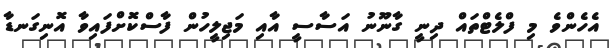
އެހެންވެ މި ފްލެޓްތައް ދިނީ ގާނޫނު އަސާސީ އާއި މަޖިލީހުން ފާސްކޮށްފައިވާ އޮނިގަނޑާ